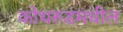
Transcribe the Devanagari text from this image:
कोथरुडमधील